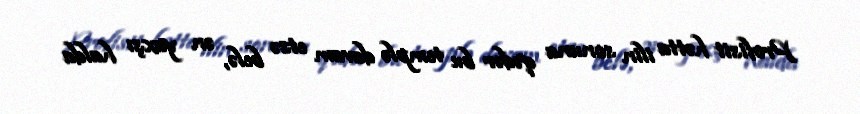
Profisit hətta ilin sonuna qədər bu templə davam etsə belə, ən yaxşı halda